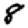
Digit: 8